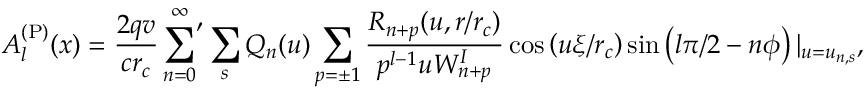
A _ { l } ^ { \mathrm { ( P ) } } ( x ) = \frac { 2 q v } { c r _ { c } } \sideset { } { ' } { \sum } _ { n = 0 } ^ { \infty } \sum _ { s } Q _ { n } ( u ) \sum _ { p = \pm 1 } \frac { R _ { n + p } ( u , r / r _ { c } ) } { p ^ { l - 1 } u W _ { n + p } ^ { I } } \cos \left( u \xi / r _ { c } \right) \sin \left( l \pi / 2 - n \phi \right) | _ { u = u _ { n , s } } ,